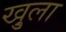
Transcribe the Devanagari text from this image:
खु्ला